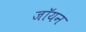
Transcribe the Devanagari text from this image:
जॉयन